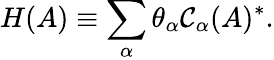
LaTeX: H(A)\equiv\sum_{\alpha}\theta_{\alpha}\mathcal{C}_{\alpha}(A)^{*}.